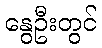
နွေဦးတွင်